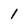
Character: 1